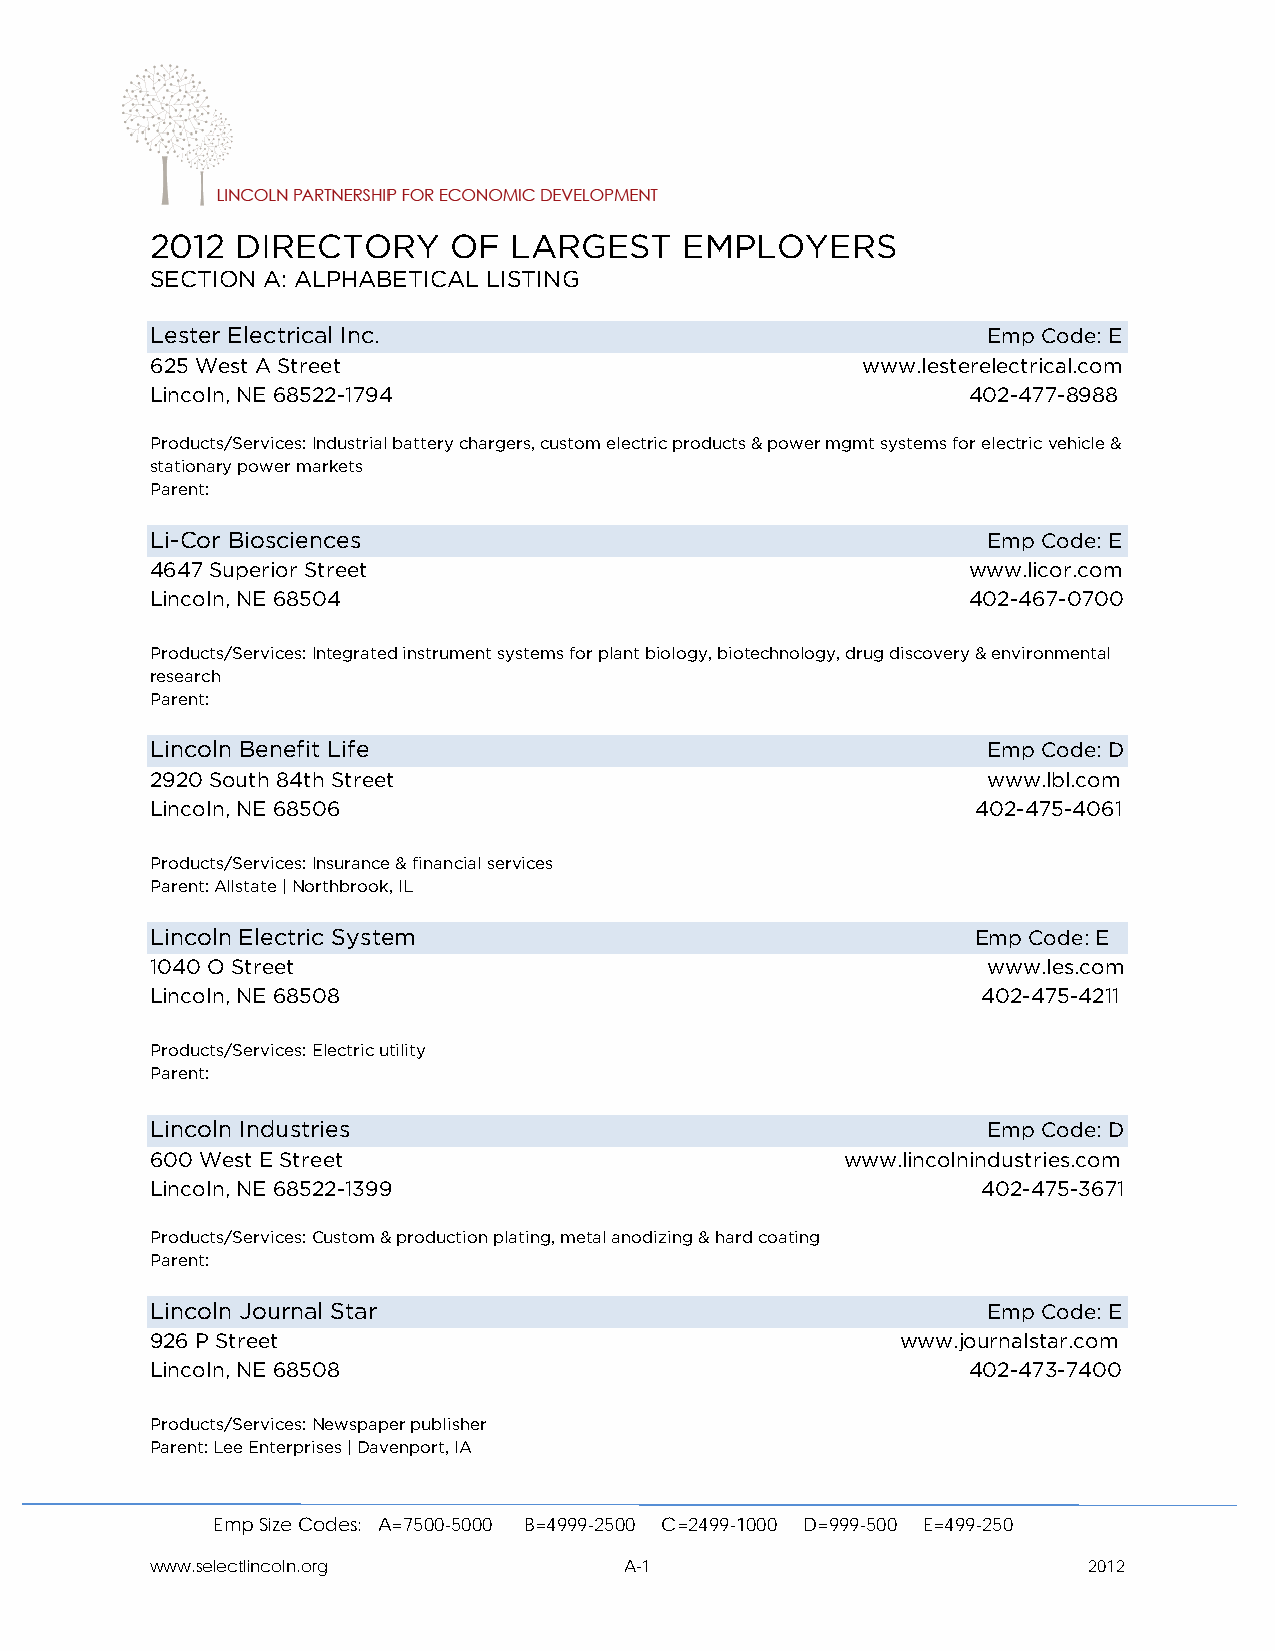
2012  DIRECTORY     OF  LARGEST    EMPLOYERS
 SECTION A: ALPHABETICAL LISTING
 Lester Electrical Inc.                                 Emp Code: E
 625 West A Street                              www.lesterelectrical.com
 Lincoln, NE 68522-1794                                402-477-8988
 Products/Services: Industrial battery chargers, custom electric products & power mgmt systems for electric vehicle &
 stationary power markets
 Parent:
 Li-Cor Biosciences                                     Emp Code: E
 4647 Superior Street                                  www.licor.com
 Lincoln, NE 68504                                     402-467-0700
 Products/Services: Integrated instrument systems for plant biology, biotechnology, drug discovery & environmental
 research
 Parent:
 Lincoln Benefit Life                                   Emp Code: D
 2920 South 84th Street                                 www.lbl.com
 Lincoln, NE 68506                                      402-475-4061
 Products/Services: Insurance & financial services
 Parent: Allstate | Northbrook, IL
 Lincoln Electric System                                Emp Code: E
 1040 O Street                                          www.les.com
 Lincoln, NE 68508                                      402-475-4211
 Products/Services: Electric utility
 Parent:
 Lincoln Industries                                     Emp Code: D
 600 West E Street                             www.lincolnindustries.com
 Lincoln, NE 68522-1399                                 402-475-3671
 Products/Services: Custom & production plating, metal anodizing & hard coating
 Parent:
 Lincoln Journal Star                                   Emp Code: E
 926 P Street                                      www.journalstar.com
 Lincoln, NE 68508                                     402-473-7400
 Products/Services: Newspaper publisher
 Parent: Lee Enterprises | Davenport, IA
 Emp Size Codes: A=7500-5000 B=4999-2500 C=2499-1000 D=999-500 E=499-250
 www.selectlincoln.org          A-1                            2012